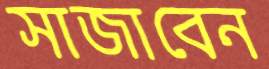
সাজাবেন